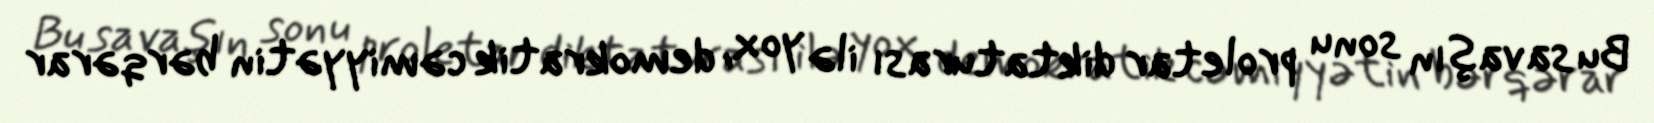
Bu savaşın sonu proletar diktaturası ilə yox, demokratik cəmiyyətin bərqərar